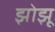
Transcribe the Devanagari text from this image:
झोझू